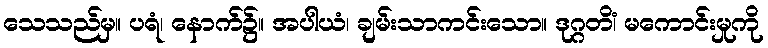
သေသည်မှ။ ပရံ၊ နောက်၌။ အပါယံ၊ ချမ်းသာကင်းသော။ ဒုဂ္ဂတိံ၊ မကောင်းမှုကို